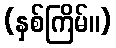
(နှစ်ကြိမ်။)